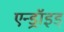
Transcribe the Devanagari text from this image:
एन्ड्रॉइड्